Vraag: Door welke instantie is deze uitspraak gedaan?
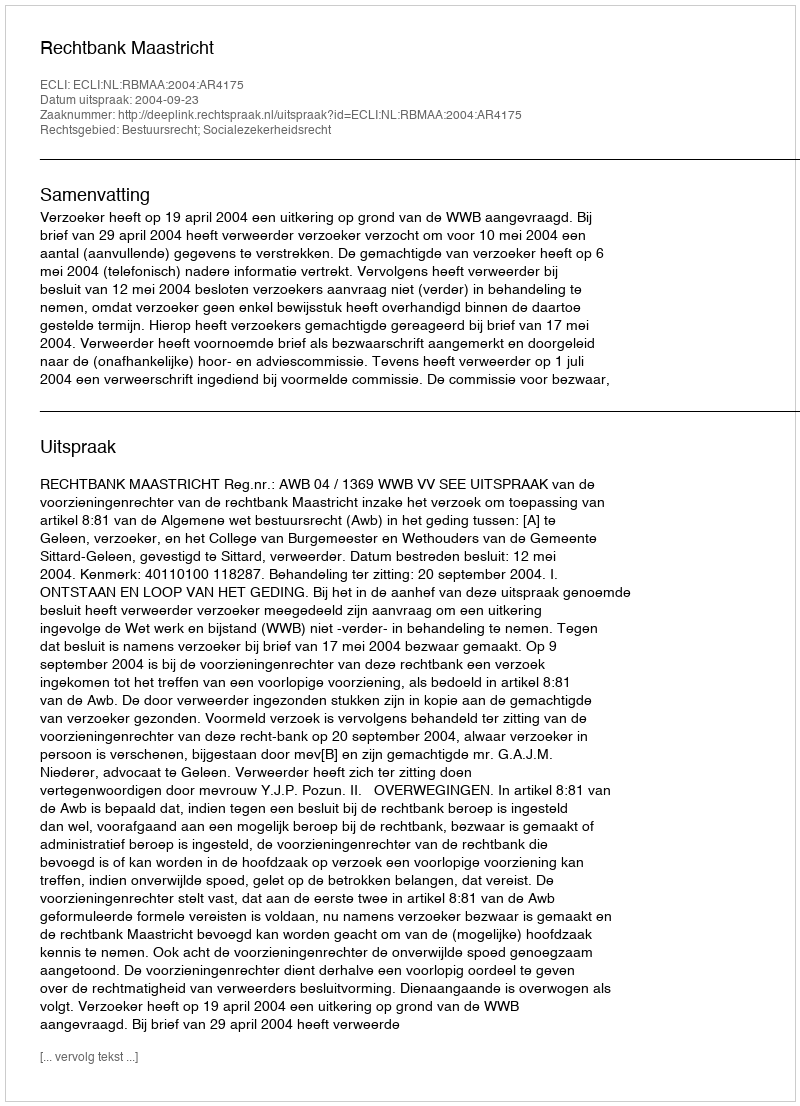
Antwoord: Rechtbank Maastricht